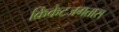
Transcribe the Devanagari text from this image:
क्रिकेटजगतास